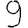
Digit: 9